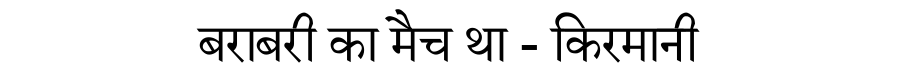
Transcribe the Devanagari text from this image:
बराबरी का मैच था - किरमानी